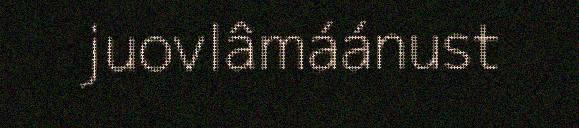
juovlâmáánust